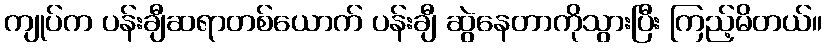
ကျုပ်က ပန်းချီဆရာတစ်ယောက် ပန်းချီ ဆွဲနေတာကိုသွားပြီး ကြည့်မိတယ်။